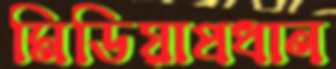
মিডিয়াপ্রধান